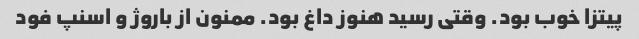
پیتزا خوب بود. وقتی رسید هنوز داغ بود. ممنون از باروژ و اسنپ فود